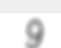
9